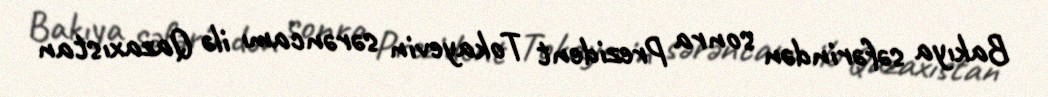
Bakıya səfərindən sonra Prezident Tokayevin sərəncamı ilə Qazaxıstan